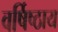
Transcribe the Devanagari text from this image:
वर्षिष्ठाय